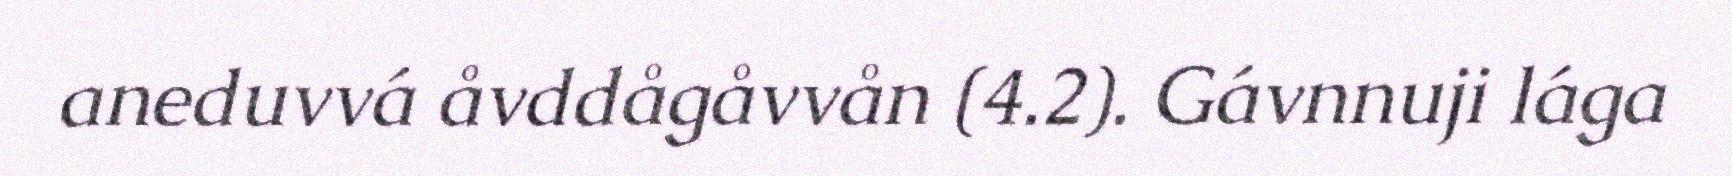
aneduvvá åvddågåvvån (4.2). Gávnnuji lága